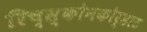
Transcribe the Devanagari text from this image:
रिच्स्कोनकोर्डाट